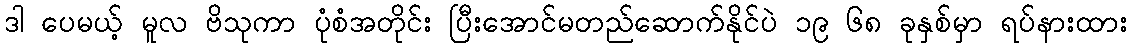
ဒါ ပေမယ့် မူလ ဗိသုကာ ပုံစံအတိုင်း ပြီးအောင်မတည်ဆောက်နိုင်ပဲ ၁၉ ၆၈ ခုနှစ်မှာ ရပ်နားထား